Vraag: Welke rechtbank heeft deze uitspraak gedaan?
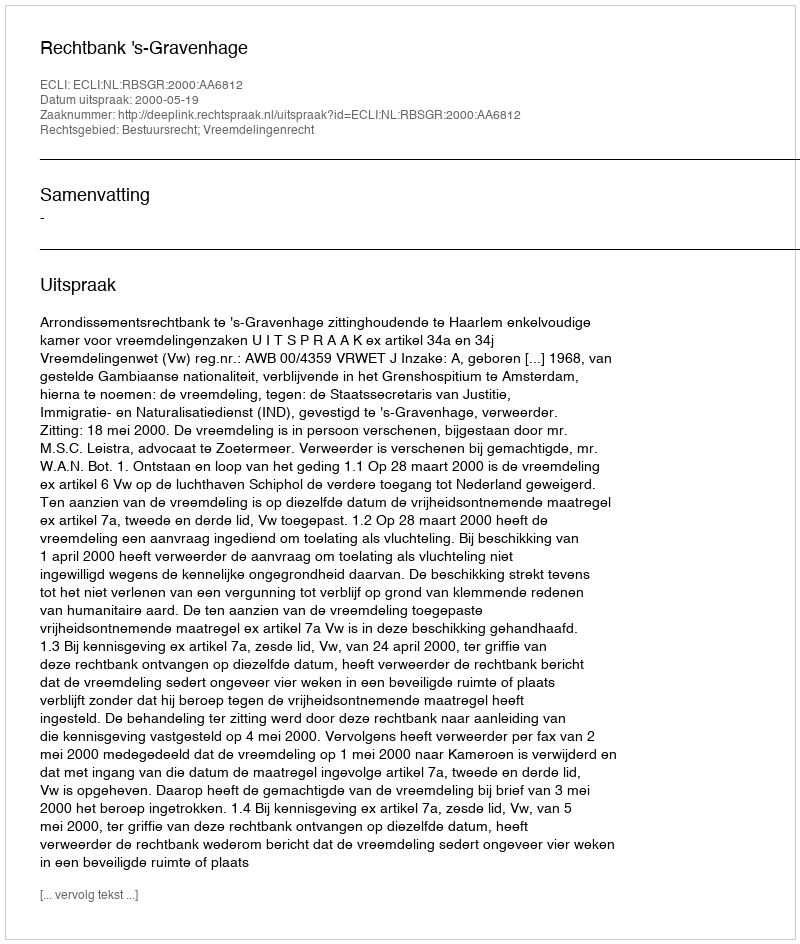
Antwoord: Rechtbank 's-Gravenhage